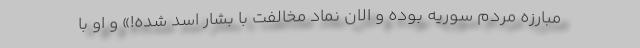
مبارزه مردم سوریه بوده و الان نماد مخالفت با بشار اسد شده!» و او با